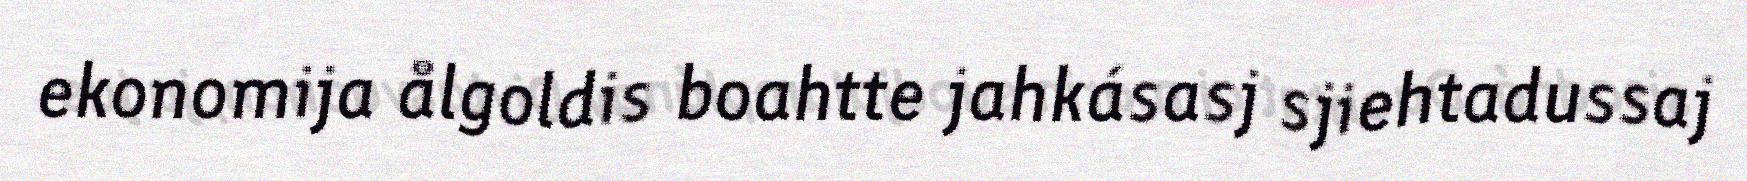
ekonomija ålgoldis boahtte jahkásasj sjiehtadussaj